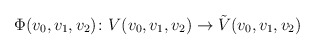
\begin{align*}\Phi(v_0,v_1,v_2)\colon V(v_0,v_1,v_2)\to\tilde V(v_0,v_1,v_2)\end{align*}